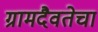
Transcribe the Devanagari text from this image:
ग्रामदैवतेचा